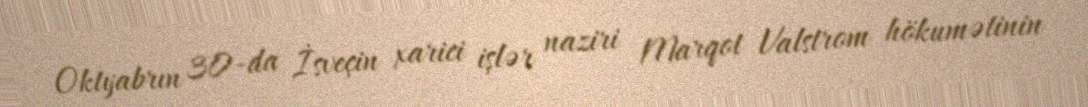
Oktyabrın 30-da İsveçin xarici işlər naziri Marqot Valstrom hökumətinin